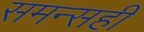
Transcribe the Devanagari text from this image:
समन्सही